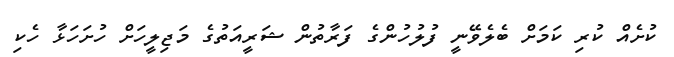
ކުށެއް ކުރި ކަމަށް ބެލެވޭނީ ފުލުހުންގެ ފަރާތުން ޝަރީއަތުގެ މަޖިލީހަށް ހުށަހަޅާ ހެކި